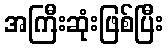
အကြီးဆုံးဖြစ်ပြီး